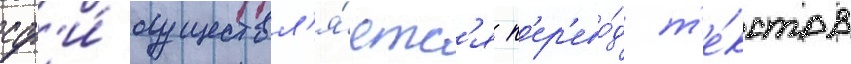
сф'и́ осуществл'я́етс'я п'ер'ево́д т'е́кстов